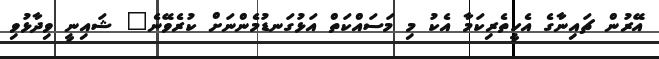
އޭރުން ޗައިނާގެ އެހީތެރިކަމާ އެކު މި މަސައްކަތް އަޅުގަނޑުމެންނަށް ކުރެވޭނެ" ޝައިނީ ވިދާޅުވި